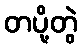
တပို့တွဲ